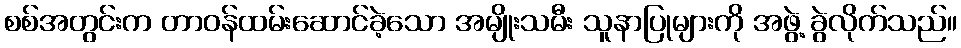
စစ်အတွင်းက တာဝန်ထမ်းဆောင်ခဲ့သော အမျိုးသမီး သူနာပြုများကို အဖွဲ့ ခွဲလိုက်သည်။